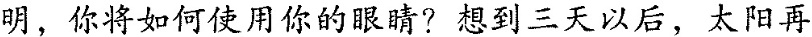
明，你将如何使用你的眼睛?想到三天以后，太阳再